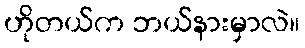
ဟိုတယ်က ဘယ်နားမှာလဲ။